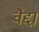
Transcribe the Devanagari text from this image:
वैद्दा